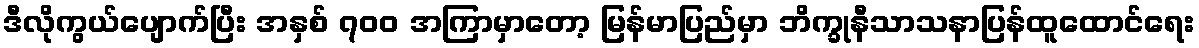
ဒီလိုကွယ်ပျောက်ပြီး အနှစ် ၇၀၀ အကြာမှာတော့ မြန်မာပြည်မှာ ဘိက္ခုနီသာသနာပြန်ထူထောင်ရေး